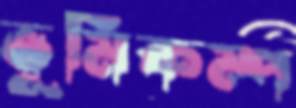
ভূমিকম্প